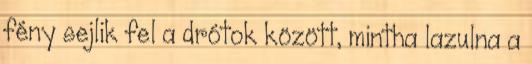
fény sejlik fel a drótok között, mintha lazulna a